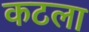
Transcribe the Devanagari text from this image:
कटला